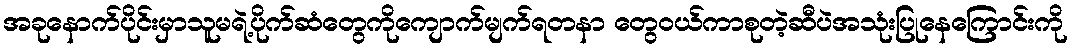
အခုနောက်ပိုင်းမှာသူမရဲ့ပိုက်ဆံတွေကိုကျောက်မျက်ရတနာ တွေဝယ်ကာစုတဲ့ဆီပဲအသုံးပြုနေကြောင်းကို